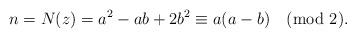
LaTeX: \begin{align*}n = N(z) = a^2-ab+2b^2 \equiv a(a-b)\pmod{2}.\end{align*}